Annual returns of the Patna Lunatic Asylum at Bankipore in Bihar and Orissa - 1912-1924
Year: 1912
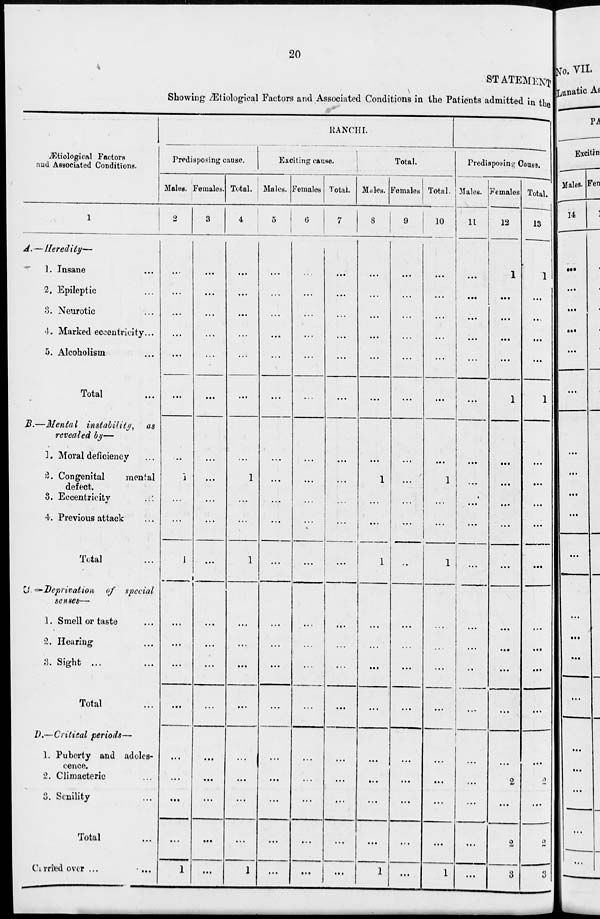
20
STATEMENT
Showing Ætiological Factors and Associated Conditions in the Patients admitted in the
Ætiological Factors
and Associated Conditions.
1
A.—Heredity—
1. Insane ...
2. Epileptic ...
3. Neurotic ...
4. Marked eccentricity...
5. Alcoholism ...
Total ...
B.—Mental instability,
as
revealed by—
1. Moral deficiency ...
2. Congenital
mental
defect.
3. Eccentricity ...
4. Previous attack ...
Total ...
C.—Deprivation of special
senses—
1. Smell or taste ...
2. Hearing ...
3. Sight ...
Total
D.— Critical periods—
1. Puberty and adoles-
cence.
2. Climacteric ...
3. Senility ...
Total ...
Carried over ...
RANCHI.
Predisposing cause.
Males.
2
...
...
...
...
...
...
...
1
...
...
1
...
...
...
...
...
...
...
...
1
Females.
3
...
...
...
...
...
...
...
...
...
...
...
...
...
...
...
...
...
...
...
...
Total.
4
...
...
...
...
...
...
...
1
...
...
1
...
...
...
...
...
...
...
...
1
Exciting cause.
Males.
5
...
...
...
...
...
...
...
...
...
...
...
...
...
...
...
...
...
...
...
...
Females.
6
...
...
...
...
...
...
...
...
...
...
...
...
...
...
...
...
...
...
...
...
Total.
7
...
...
...
...
...
...
...
...
...
...
...
...
...
...
...
...
...
...
...
...
Total.
Males.
8
...
...
...
...
...
...
...
1
...
...
1
...
...
...
...
...
...
...
...
1
Females
9
...
...
...
...
...
...
...
...
...
...
...
...
...
...
...
...
...
...
...
...
Total.
10
...
...
...
...
...
...
...
1
...
...
1
...
...
...
...
...
...
...
...
1
Predisposing Cause.
Males.
11
...
...
...
...
...
...
...
...
...
...
...
...
...
...
...
...
...
...
...
...
Females.
12
1
...
...
...
...
1
...
...
...
...
...
...
...
...
...
...
2
...
2
3
Total.
13
1
...
...
...
...
1
...
...
...
...
...
...
...
...
...
...
2
...
2
3